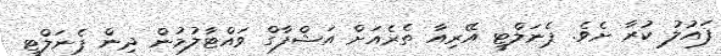
ފައުލު ކުރާ ށެވެ. ޕެނަލްޓީ އޭރިއާ ތެރެއަށް އަޝްފާގް ވައްޓާލުމުން ދިން ޕެނަލްޓީ